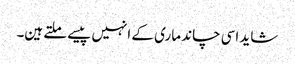
شاید اسی چاند ماری کے انہیں پیسے ملتے ہین۔